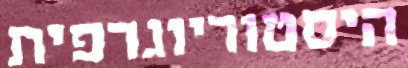
היסטוריוגרפית